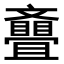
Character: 𣁪